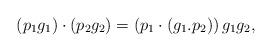
LaTeX: \begin{align*} (p_{1}g_{1}) \cdot ( p_{2}g_{2})=(p_{1}\cdot (g_{1}{\bf.}p_{2}))\, g_{1}g_{2},\end{align*}